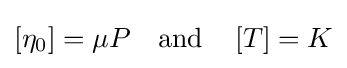
\left[\eta _{0}\right]=\mu P\quad {\text{and}}\quad \left[T\right]=K